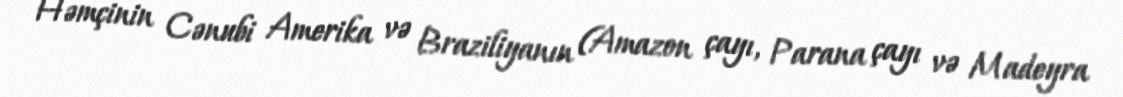
Həmçinin Cənubi Amerika və Braziliyanın (Amazon çayı, Parana çayı və Madeyra